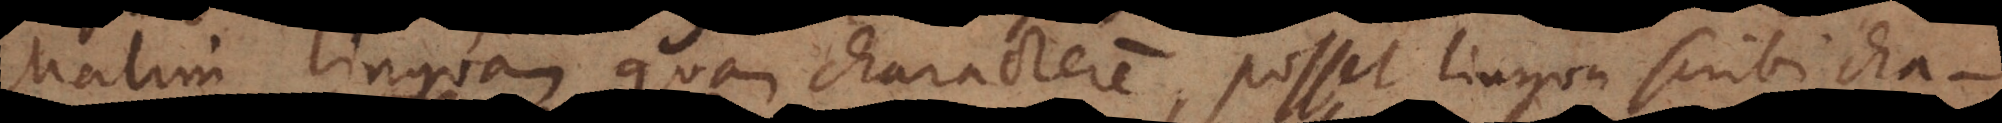
Malim linguam quam characterem, posset lingua scribi cha